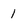
Character: 1